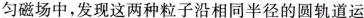
匀磁场中，发现这两种粒子沿相同半径的圆轨道运